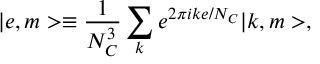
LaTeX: | e , m > \equiv \frac { 1 } { N _ { C } ^ { 3 } } \sum _ { k } e ^ { 2 \pi i k e / N _ { C } } | k , m > ,